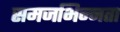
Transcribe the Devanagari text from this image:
समजभिन्नता